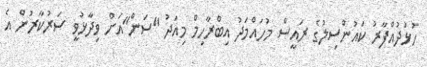
ހުޅުދުއްފާރު ކައުންސިލުގެ ރައީސް މުހައްމަދު އިބްރާހިމް މިއަދު "ސަން"އަށް ވިދާޅުވީ ސަރުކާރުން އެ